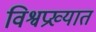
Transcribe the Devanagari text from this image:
विश्वप्रख्यात